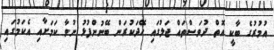
އުމުރުގެ ބާކީ އޮތް ދުވަސްތައް ޖަލުގައި ހޭދަކުރަން ބޭނުންފުޅު ނުވާ ކަމަށާއި އެކަމުގައި